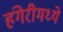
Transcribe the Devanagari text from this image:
हंगेरीमध्ये